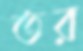
তর